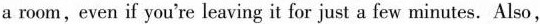
a room, even if you're leaving it for just a few minutes. Also,